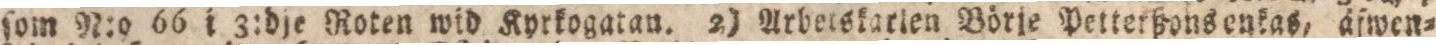
ſom N:o 66 i 3:dje Roten wid Kyrkogatan. 2) Arbetskatlen Börje Petterßons enkas, äfwen=